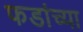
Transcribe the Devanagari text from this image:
फडांच्या